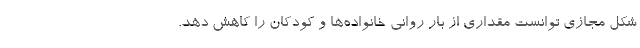
شکل مجازی توانست مقداری از بار روانی خانواده‌ها و کودکان را کاهش دهد.